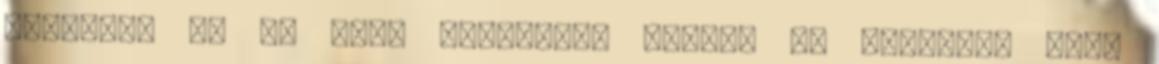
Borászat és az őket körülvevő hittel és áldással teli